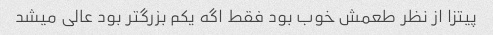
پیتزا از نظر طعمش خوب بود فقط اگه یکم بزرگتر بود عالی میشد